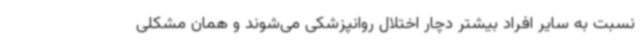
نسبت به سایر افراد بیشتر دچار اختلال روانپزشکی می‌شوند و همان مشکلی